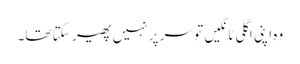
وہ اپنی اگلی ٹانگیں تو سر پر نہیں پھیر سکتا تھا۔